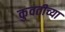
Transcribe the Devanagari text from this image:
कुवतीच्या